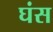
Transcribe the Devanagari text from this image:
घंस